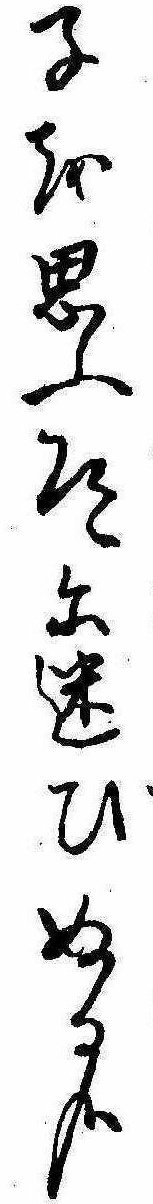
子を思ふ道に迷ひぬる哉